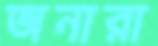
অনারা